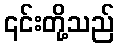
၎င်းတို့သည်